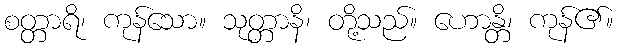
စတ္တာရိ၊ ကုန်သော။ သုတ္တာနိ၊ တို့သည်။ ဟောန္တိ၊ ကုန်၏။